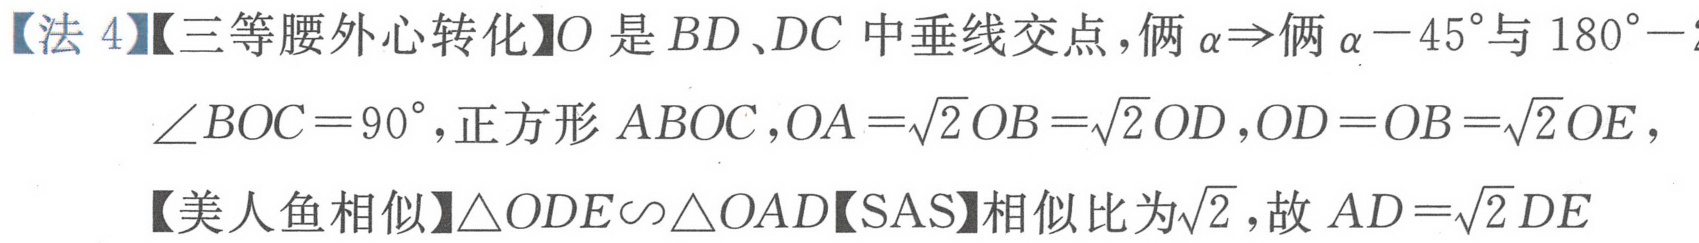
【法 4】【三等腰外心转化】\(O\)是\(BD、DC\)中垂线交点，俩\(\alpha\Rightarrow\)俩\(\alpha - 45^{\circ}\)与\(180^{\circ}-\)
\(\angle BOC = 90^{\circ}\)，正方形\(ABOC\)，\(OA=\sqrt{2}OB=\sqrt{2}OD\)，\(OD = OB=\sqrt{2}OE\)，
【美人鱼相似】\(\triangle ODE\sim\triangle OAD\)【SAS】相似比为\(\sqrt{2}\)，故\(AD=\sqrt{2}DE\)